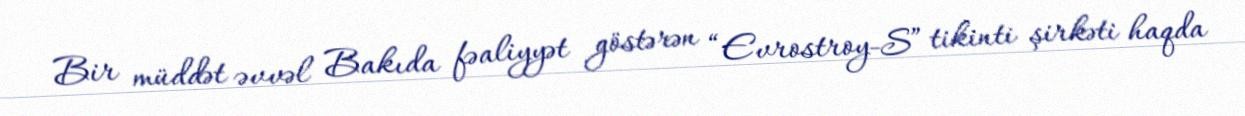
Bir müddət əvvəl Bakıda fəaliyyət göstərən “Evrostroy-S” tikinti şirkəti haqda